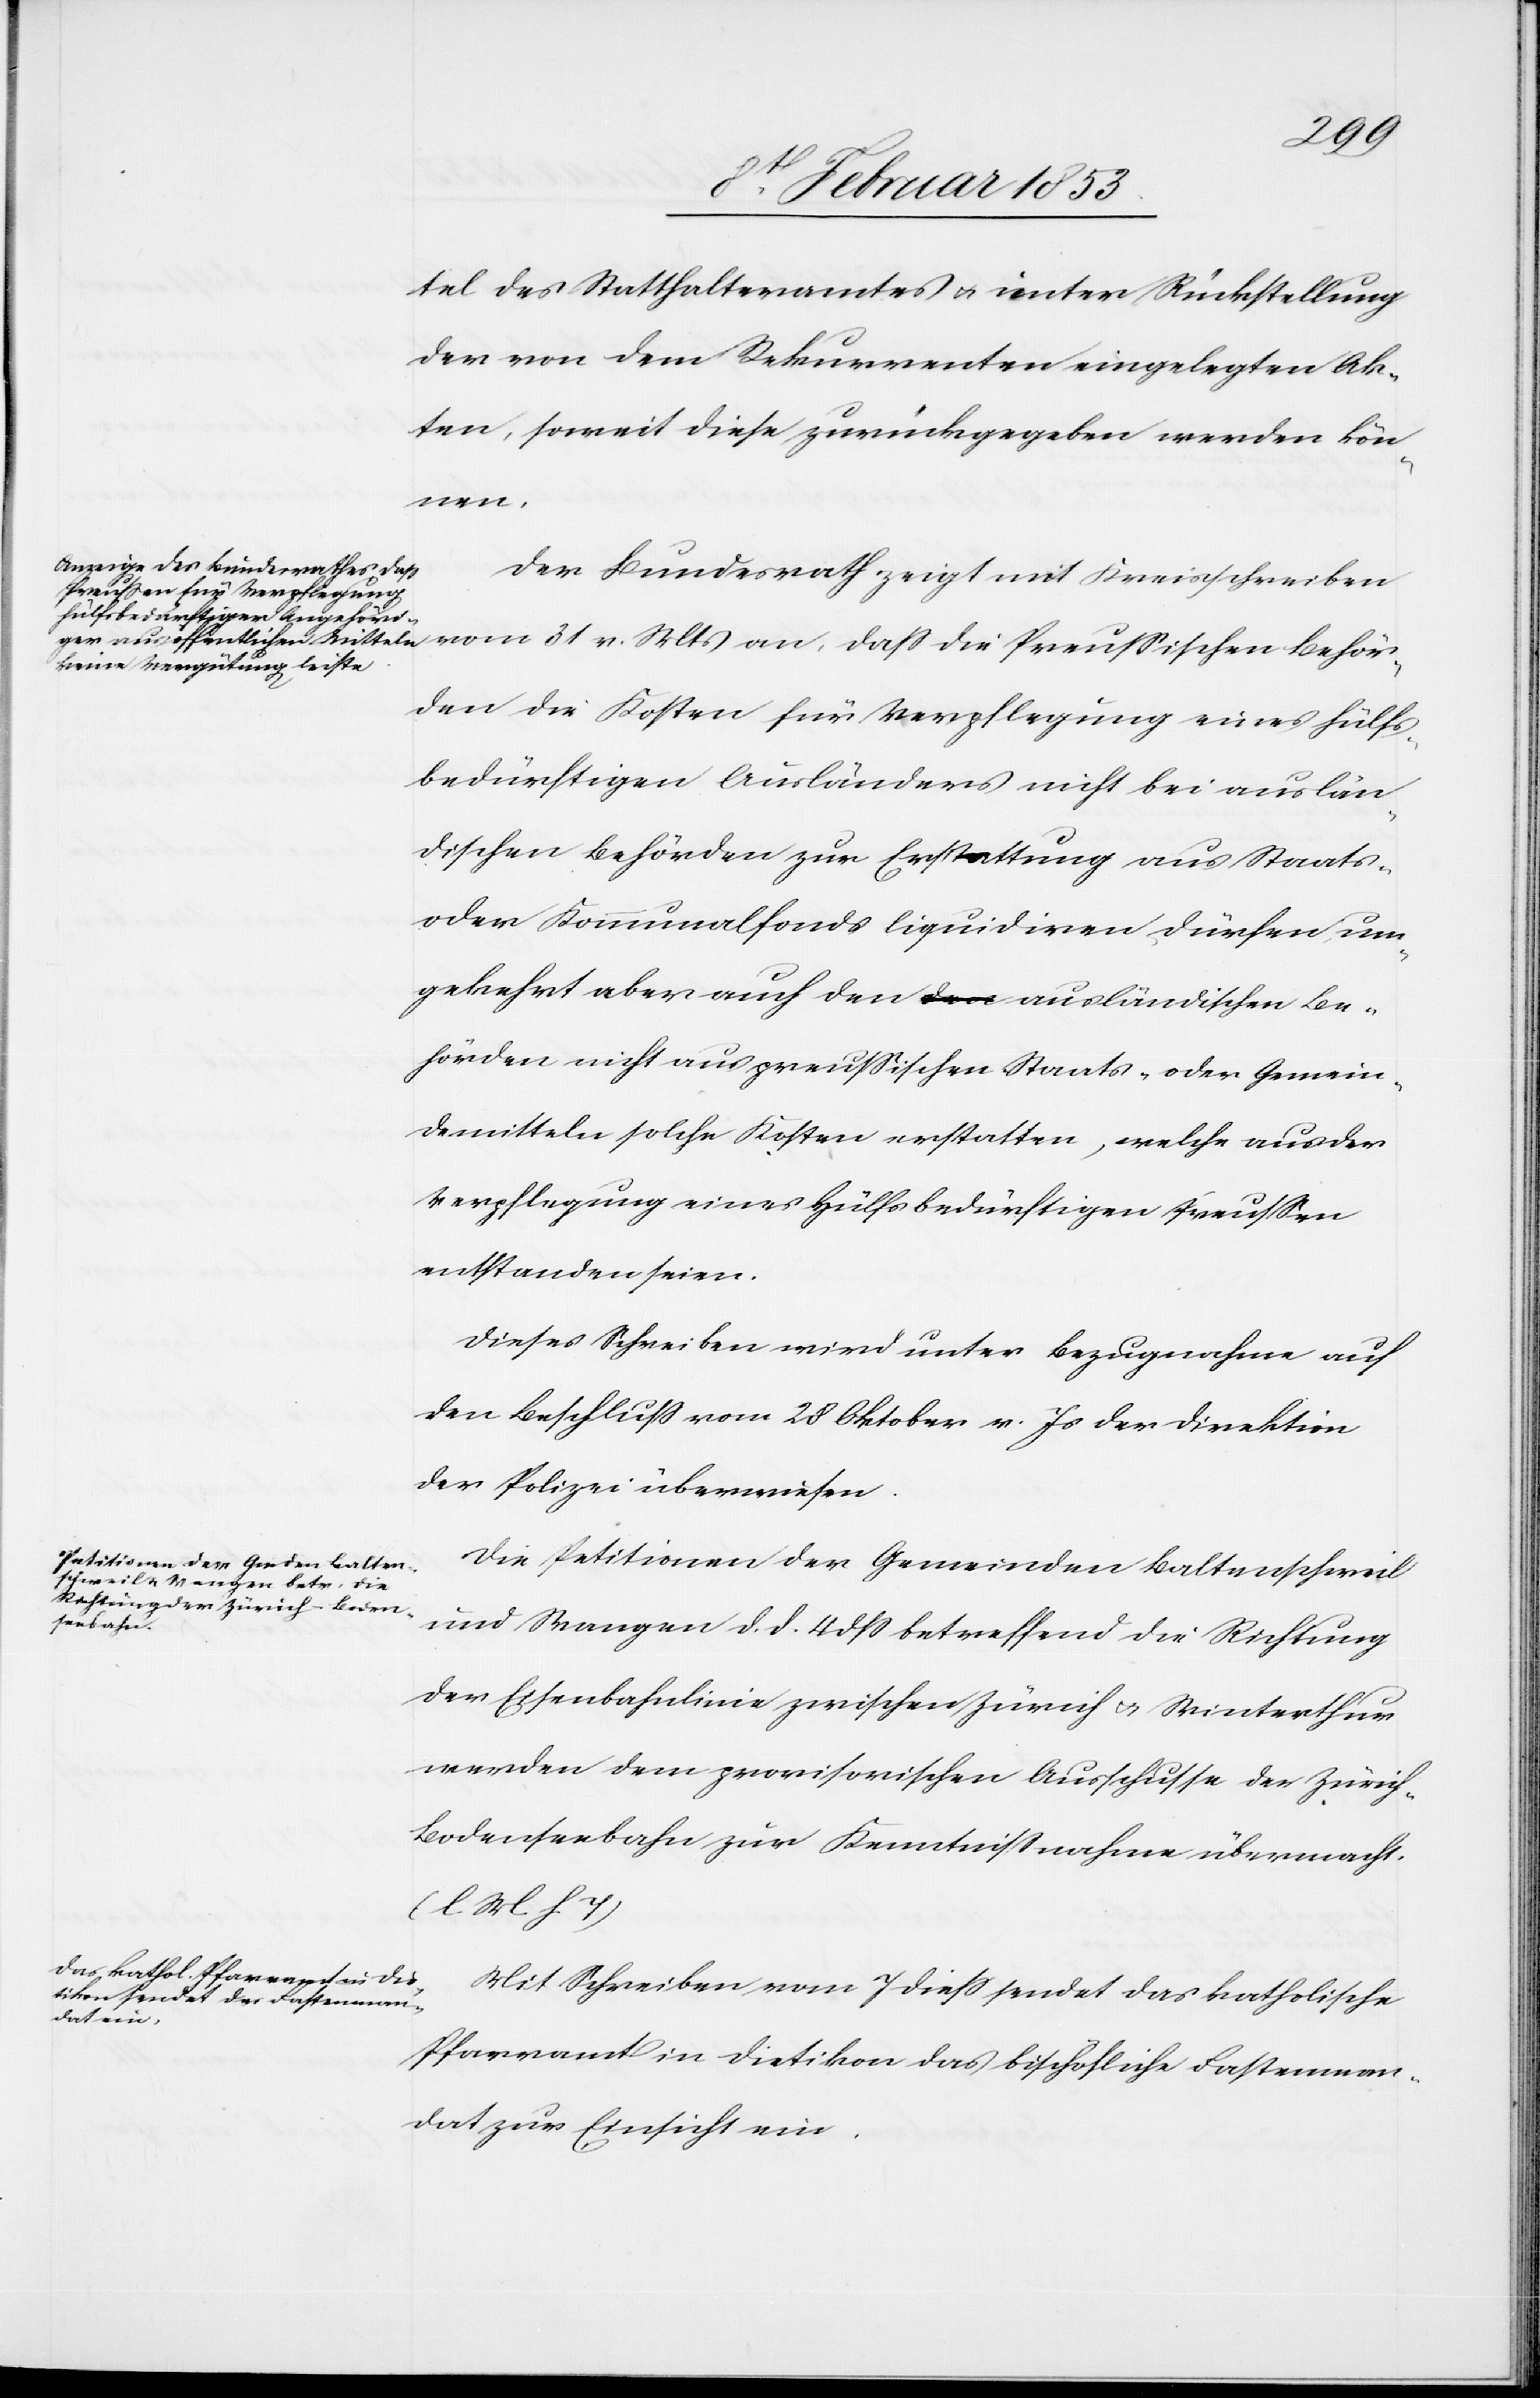
Behör¬
tel des Statthalteramtes u. unter Rückstellung
der von dem Rekurrenten eingelegten Ak¬
ten, soweit diese zurückgegeben werden kön¬
nen.
Der Bundesrath zeigt mit Kreisschreiben
den die Kosten für Verpflegung eines hülfs¬
bedürftigen Ausländers nicht bei auslän¬
dischen Behörden zur Erstattung aus Staats-
oder Kommunalfonds liquidiren dürfen um¬
gekehrt aber auch den ausländischen Be¬
hörden nicht aus preußischen Staats- oder Gemein¬
demitteln solche Kosten erstatten, welche aus der
Verpflegung eines hülfsbedürftigen Preußen
entstanden seien.
Dieses Schreiben wird unter Bezugnahme auf
den Beschluß vom 28 Oktober v. Js. der Direktion
der Polizei überwiesen.
Die Petitionen der Gemeinden Baltenschweil
und Wangen d. d. 4 dß betreffend die Richtung
der Eisenbahnlinie zwischen Zürich u. Winterthur
werden dem provisorischen Ausschusse der Zürich-B¬
odenseebahn zur Kenntnißnahme übermacht.
[l. M. h. T]
Mit Schreiben vom 7 dieß sendet das katholische
Pfarramt in Dietikon das bischöfliche Fastenman¬
dat zur Einsicht ein.